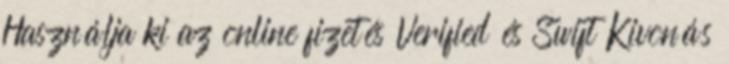
Használja ki az online fizetés Verified és Swift Kivonás